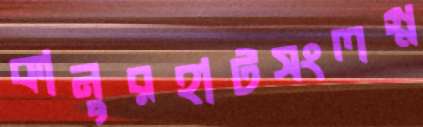
কানুরহাটসংলগ্ন